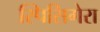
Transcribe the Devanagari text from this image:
स्पिसिगेरा